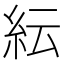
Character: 紜